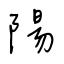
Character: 陽